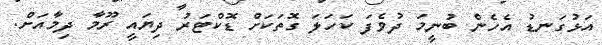
އަޅުގަނޑު އެހެން ބުނީމަ ދުވެފަ ކަހަލަ ގޮތަކަށް ޑޮކްޓަރު ދިޔައީ ރޫމާ ދިމާއަށް.